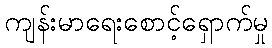
ကျန်းမာရေးစောင့်ရှောက်မှု